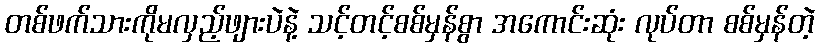
တစ်ဖက်သားကိုမလှည့်ဖျားပဲနဲ့ သင့်တင့်စစ်မှန်စွာ အကောင်းဆုံး လုပ်တာ စစ်မှန်တဲ့